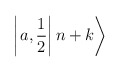
\begin{align*}\left| \left. a,\frac{1}{2}\right| n+k\right\rangle\end{align*}